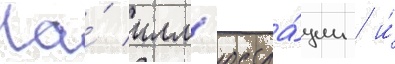
На́ илл'юстра́ции / и́